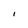
Character: I